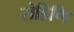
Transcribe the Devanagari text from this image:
रोहिणि